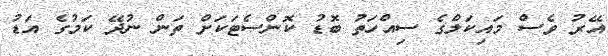
އޭރު ވެސް މައިކަލްގެ ސިއްހަތު ބޮޑު ކޮންސެޓަކަށް ތަން ނުދޭ ކަމުގެ އަޑު